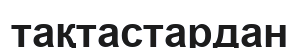
тақтастардан